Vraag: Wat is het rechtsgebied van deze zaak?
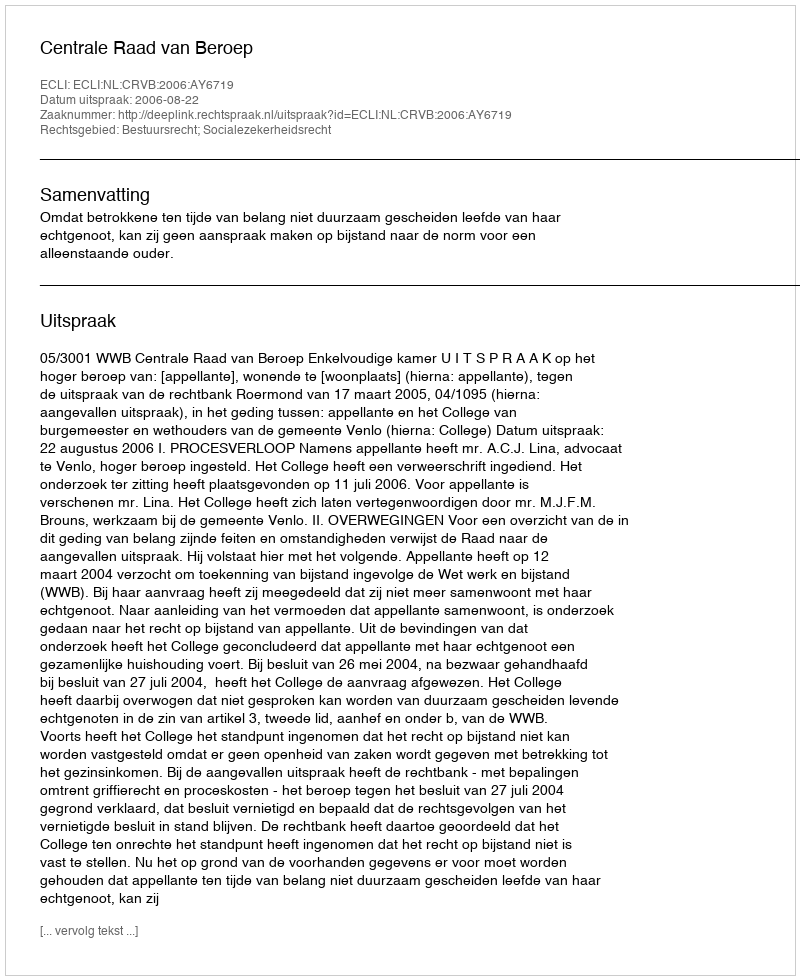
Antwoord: Bestuursrecht; Socialezekerheidsrecht